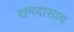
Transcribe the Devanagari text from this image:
रामदासाय